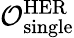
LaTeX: \mathcal{O}_{\mathrm{single}}^{\mathrm{HER}}